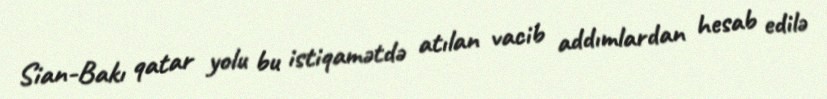
Sian-Bakı qatar yolu bu istiqamətdə atılan vacib addımlardan hesab edilə